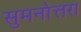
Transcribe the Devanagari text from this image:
सुमनोत्तरा